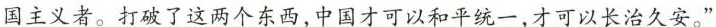
国主义者。打破了这两个东西，中国才可以和平统一，才可以长治久安。”